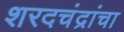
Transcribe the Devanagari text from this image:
शरदचंद्रांचा